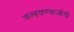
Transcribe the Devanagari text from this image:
वल्हवण्याजोगी